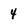
Character: 4